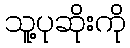
သူ့ပုဆိုးကို